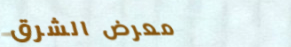
معرض الشرق